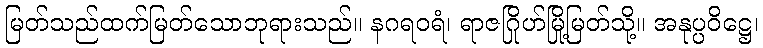
မြတ်သည်ထက်မြတ်သောဘုရားသည်။ နဂရဝရံ၊ ရာဇဂြိုဟ်မြို့မြတ်သို့။ အနုပ္ပဝိဋ္ဌေ၊